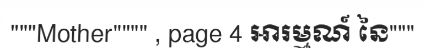
"""Mother"""" , page 4 អារម្មណ៍ នៃ"""